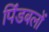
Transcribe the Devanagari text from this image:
पिंडबलों